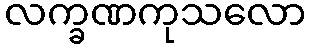
လက္ခဏကုသလော